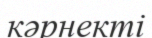
кәрнекті